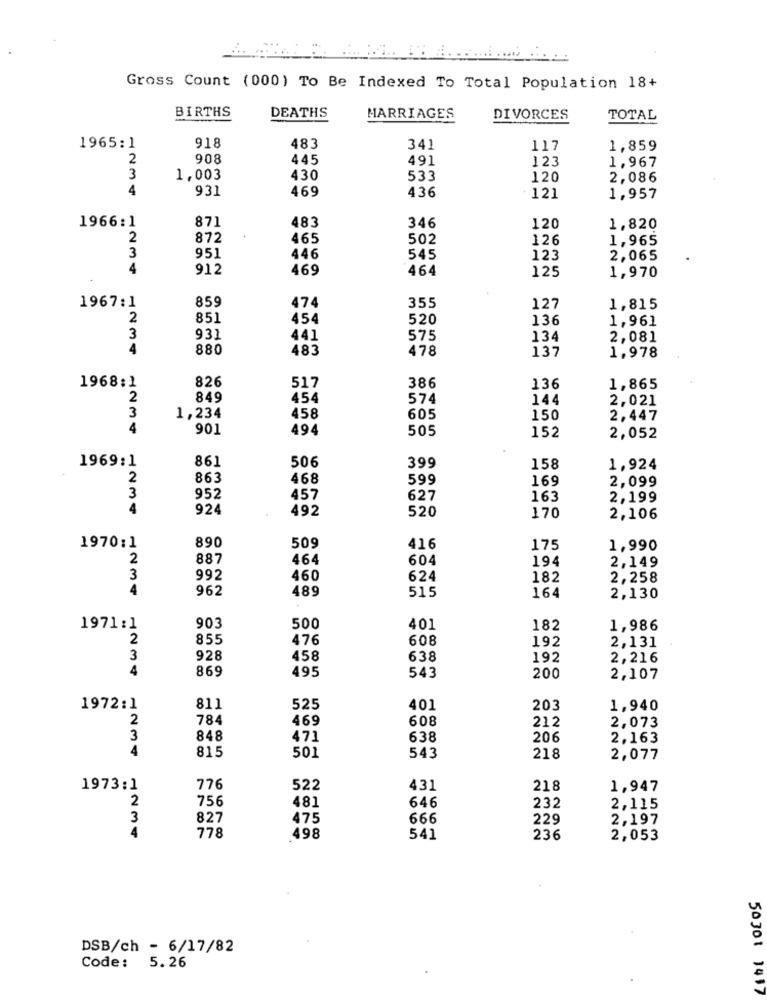
Gross Count (000) To Be Indexed To Total Population 18+
BIRTHS
DEATHS
MARRIAGES
DIVORCES
TOTAL
1965:1
918
483
341
117
1,859
2
908
445
491
123
1,967
3
1,003
430
533
120
2,086
4
931
469
436
121
1,957
1966:1
871
483
346
120
1,820
2
872
465
502
126
1,965
3
951
446
545
123
2,065
4
912
469
464
125
1,970
859
355
1967:1
474
127
1,815
2
851
454
520
136
1,961
3
931
441
575
134
2,081
4
880
483
478
137
1.978
1968:1
826
517
386
136
1,865
2
849
454
574
144
2,021
3
1,234
458
605
150
2,447
4
901
494
505
152
2,052
861
506
399
1969:1
158
1,924
2
863
468
599
169
2,099
3
952
457
627
163
2,199
4
924
492
520
170
2,106
890
1970:1
509
416
175
1,990
2
887
464
604
194
2,149
3
992
460
624
182
2,258
4
962
489
515
164
2,130
903
1971:1
500
401
182
1,986
2
855
476
608
192
2,131
3
928
458
638
192
2,216
4
869
495
543
200
2,107
1972:1
811
525
401
203
1,940
2
784
469
608
212
2,073
3
848
471
638
206
2,163
4
815
543
501
218
2,077
1973:1
776
522
431
218
1,947
2
756
481
646
232
2,115
3
827
475
666
229
2,197
4
778
498
541
236
2,053
DSB/ch - 6/17/82
Code: 5.26
50301 1417